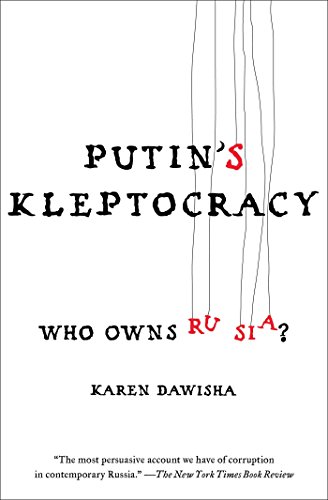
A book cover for Putin's Kleptocracy: Who Owns Russia?; Karen Dawisha; Biographies & Memoirs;